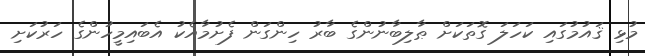
މުޅި ޤައުމުގައި ކަހަލަ ގޮތަކަށް ޠާލިބާނުންގެ ބާރު ހިންގަން ފެށުމާއެކު އެބައިމީހުންގެ ހަރުކަށި